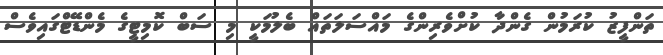
ތަންފީޒު ކުރަމުން ގެންދާ ކުށްވެރިންގެ މައްސަލަތައް ބެލުމަކީ މި ސަބް ކޮމިޓީގެ މެންޑޭޓްގައިވެސް